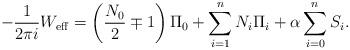
LaTeX: \begin{align*}-\frac{1}{2\pi i}W_{{\rm eff}}=\left(\frac{N_0}{2}\mp1\right)\Pi_0+\sum_{i=1}^{n}N_i\Pi_i+\alpha\sum_{i=0}^{n}S_i. \end{align*}